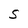
Character: S